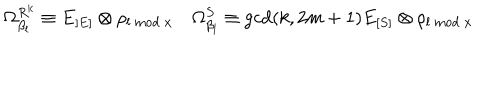
\Omega _ { \beta _ { l } } ^ { R ^ { k } } \equiv E _ { [ E ] } \otimes \rho _ { l \mathrm { ~ m o d ~ } x } ~ \Omega _ { \beta _ { l } } ^ { S } \equiv \mathrm { g c d } ( k , 2 m + 1 ) E _ { [ S ] } \otimes \rho _ { l \mathrm { ~ m o d ~ } x }